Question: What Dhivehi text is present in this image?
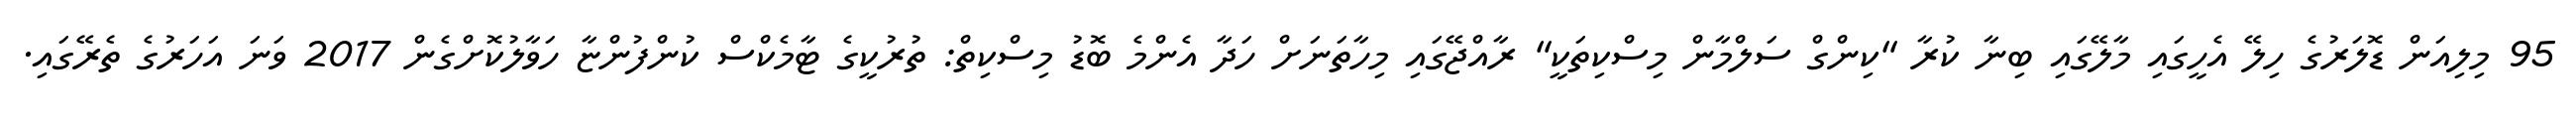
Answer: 95 މިލިއަން ޑޮލަރުގެ ހިލޭ އެހީގައި މާލޭގައި ބިނާ ކުރާ "ކިންގް ސަލްމާން މިސްކިތަކީ" ރާއްޖޭގައި މިހާތަނަށް ހަދާ އެންމެ ބޮޑު މިސްކިތް: ތުރުކީގެ ޓާމެކްސް ކުންފުންޏާ ހަވާލުކޮށްގެން 2017 ވަނަ އަހަރުގެ ތެރޭގައި.